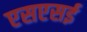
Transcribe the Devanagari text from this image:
एसएसई